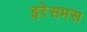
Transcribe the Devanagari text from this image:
इरेसमस